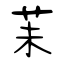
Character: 苿